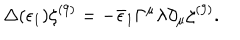
\Delta ( \epsilon _ { 1 } ) \zeta ^ { ( 9 ) } = - \bar { \epsilon } _ { 1 } \Gamma ^ { \mu } \lambda \partial _ { \mu } \zeta ^ { ( 9 ) } .